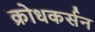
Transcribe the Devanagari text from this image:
क्रोधकर्सन